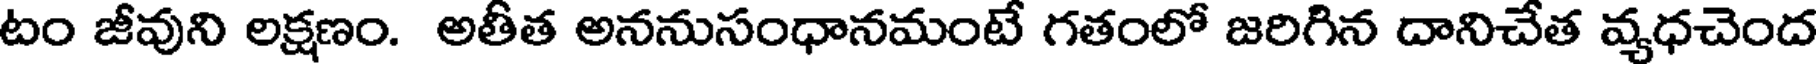
టం జీవుని లక్షణం. అతీత అననుసంధానమంటే గతంలో జరిగిన దానిచేత వ్యధచెంద